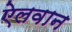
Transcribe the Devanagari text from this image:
ऐलवान